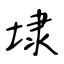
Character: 埭